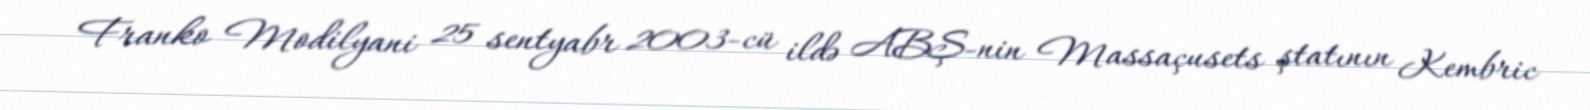
Franko Modilyani 25 sentyabr 2003-cü ildə ABŞ-nin Massaçusets ştatının Kembric